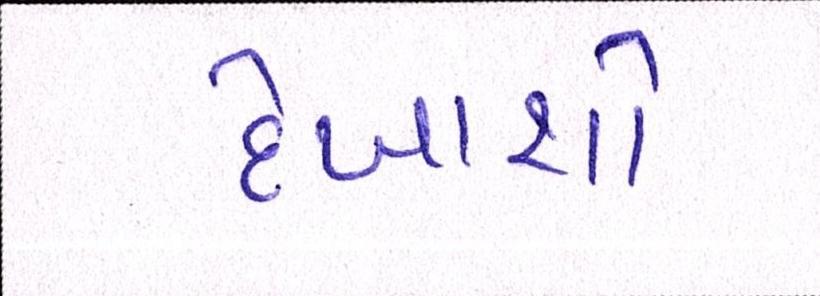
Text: દેખાશો